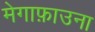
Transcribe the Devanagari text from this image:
मेगाफ़ाउना